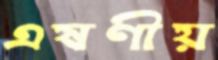
এষণীয়